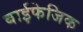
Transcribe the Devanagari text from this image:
बाईफेजिक